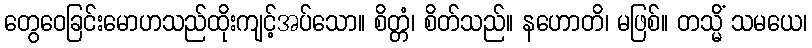
တွေဝေခြင်းမောဟသည်ထိုးကျင့်အပ်သော။ စိတ္တံ၊ စိတ်သည်။ နဟောတိ၊ မဖြစ်။ တသ္မိံ သမယေ၊